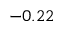
- 0 . 2 2